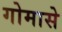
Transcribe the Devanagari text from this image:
गोमासे